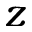
z